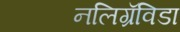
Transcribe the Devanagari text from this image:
नलिग्रॅविडा